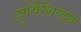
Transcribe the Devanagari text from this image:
दुर्गवैशिष्ट्य